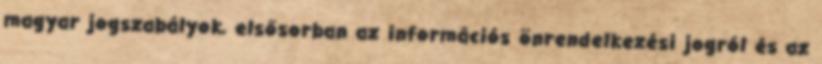
magyar jogszabályok, elsősorban az információs önrendelkezési jogról és az